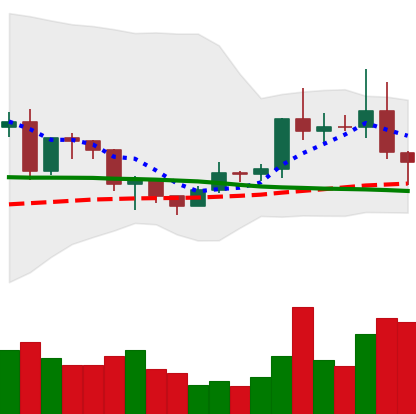
Ticker: EOS-USD
Chart end date: 2020-12-22
Forward return: -6.354%
Label: down_5_7